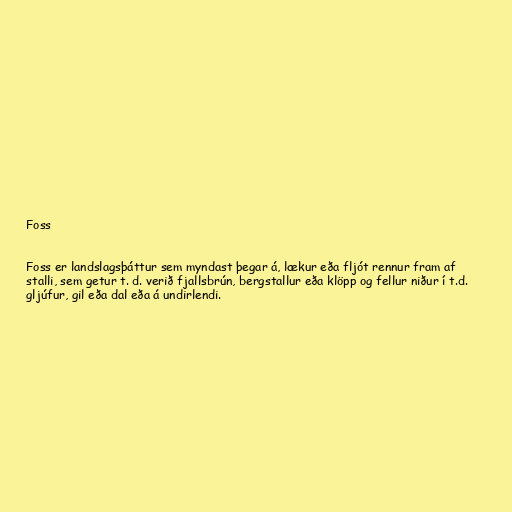
Foss

Foss er landslagsþáttur sem myndast þegar á, lækur eða fljót rennur fram af
stalli, sem getur t. d. verið fjallsbrún, bergstallur eða klöpp og fellur niður í t.d.
gljúfur, gil eða dal eða á undirlendi.